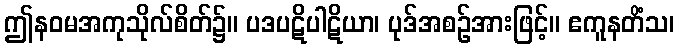
ဤနဝမအကုသိုလ်စိတ်၌။ ပဒပဋိပါဋိယာ၊ ပုဒ်အစဉ်အားဖြင့်။ ဧကူနတိံသ၊